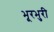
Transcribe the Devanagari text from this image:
भूरभुरी